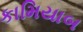
કામિયાબ